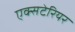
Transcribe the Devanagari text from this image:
एक्सटेरियर